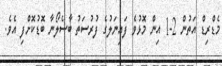
މެޑްރިޑް އަތުން 2-1 އިން މޮޅުވެ ފައިނަލުގެ ފުރުސަތު ބާސެލޯނާ ބޮޑުކޮށްފި އެވެ.